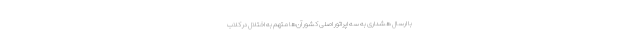
با ارسال هشداری به سه اپراتور اصلی کشور آن‌ها متهم به اختلال در کلاب